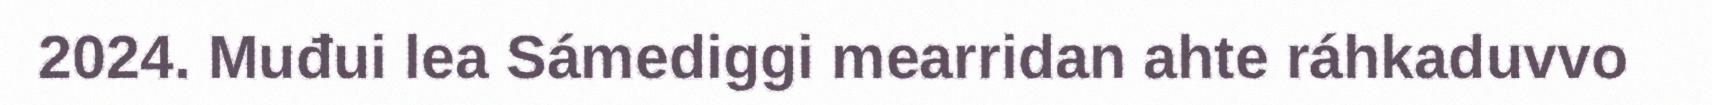
2024. Muđui lea Sámediggi mearridan ahte ráhkaduvvo